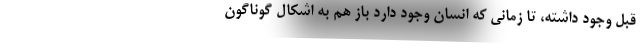
قبل وجود داشته، تا زمانی که انسان وجود دارد باز هم به اشکال گوناگون